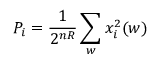
P _ { i } = { \frac { 1 } { 2 ^ { n R } } } \sum _ { w } x _ { i } ^ { 2 } ( w ) \,